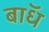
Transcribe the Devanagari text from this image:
बाॅध